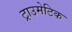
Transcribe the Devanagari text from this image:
ट्राउमेटिक